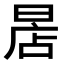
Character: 𣈔